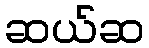
ဆယ်ဆ